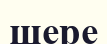
шере